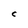
Character: C